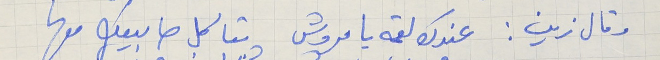
وقال زين : عندك لقمه يا مروش  بتاكل صابيعك معها